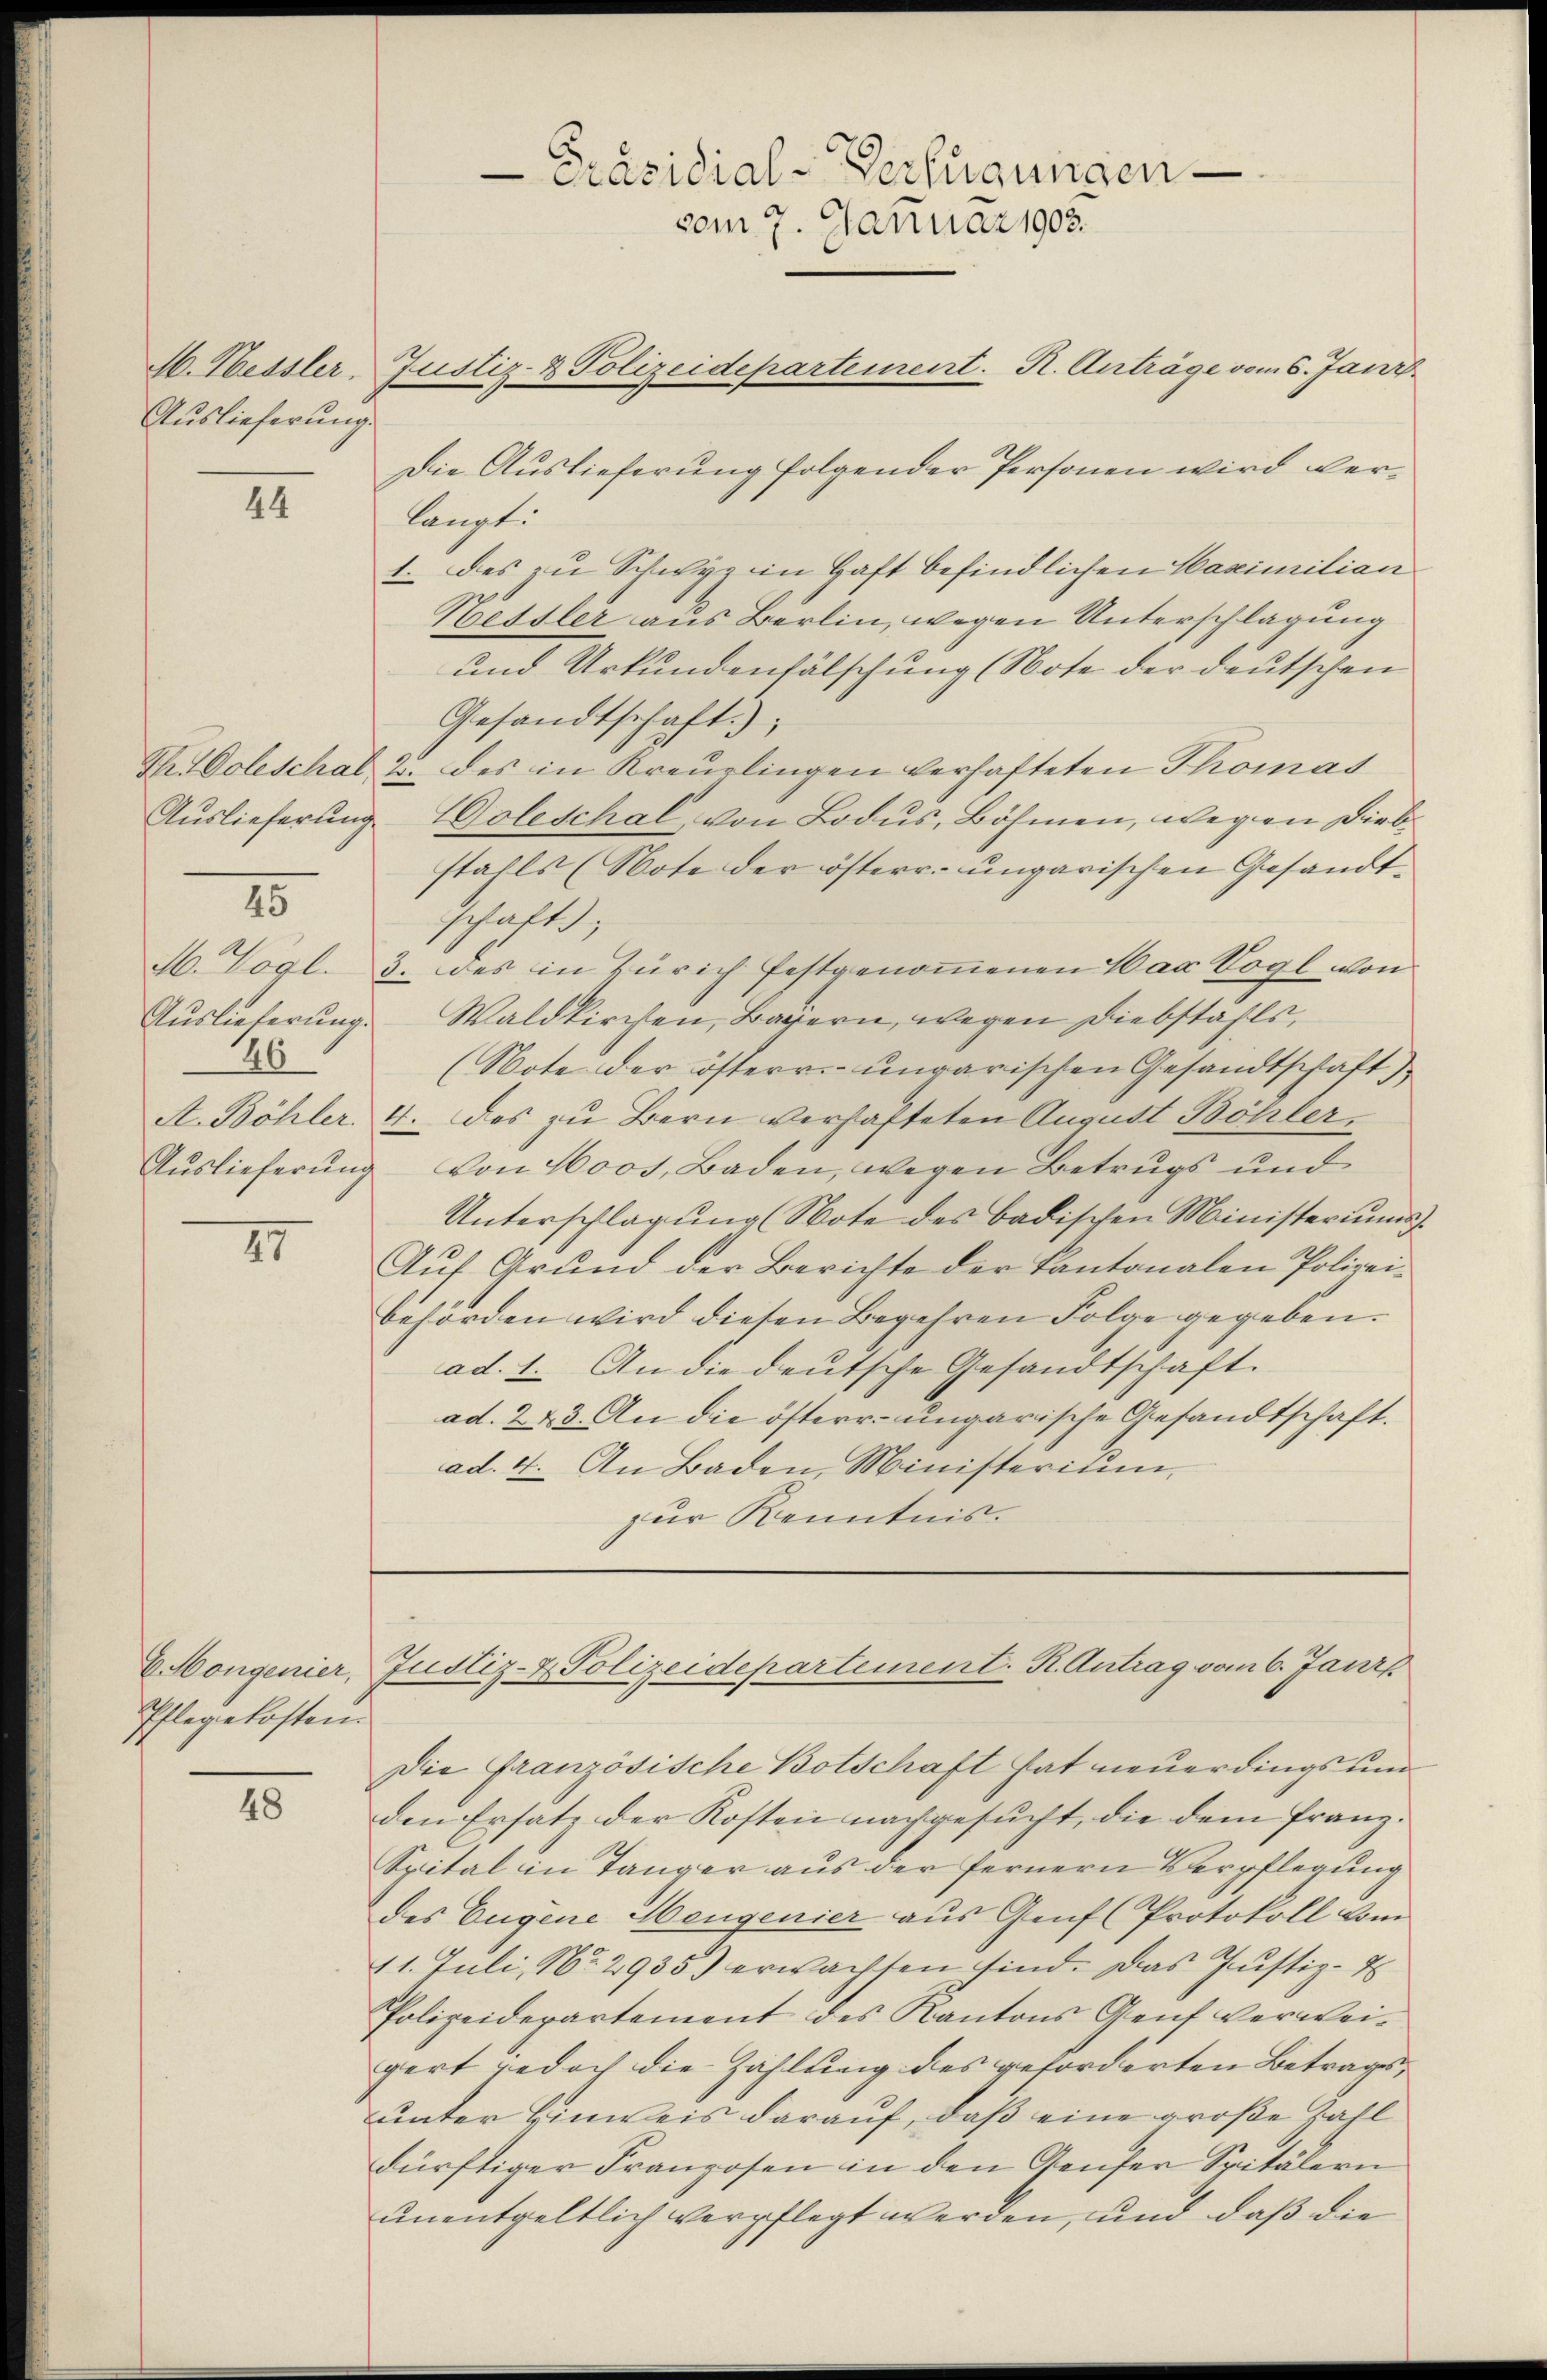
M. Hessler,
Auslieferung.

II

Auslieferung

15

Auslieferung.
26
Auslieferung

27

Pflegekosten

48

-Präsidial-Verfügungen
vom 7. Januar 1902.
Justiz- & Polizeidepartement. R. Anträge vom 6. Jani

Die Auslieferung folgender Personen wird verlangt.
1. das zu Schwyz in Haft befindlichen Maximilian
Hessler aus Berlin, wegen Unterschlagung
und Urkundenfälschung (Note der deutschen
Gesandtschaft);
K Doleschal u. des in Kreuzlingen verhafteten Thomas
Goleschal von Lodus, Böhmen, wegen Diebstahls (Note der österr. ungarischen Gesandtschaft;
M. Vögl. 3. des in Zürich festgenommenen War Vogl von
Waldkirchen, Bayern, wegen Diebstahls,
(Note der österr.-ungarischen Gesandtschaft)
A. Böhler. 4. des zu Bern verhafteten August Böhler
von Moos, Baden, wegen Betrugs und
Unterschlagung (Note des badischen Ministeriŭms.
Auf Grund der Berichte der Kantonalen Polizeibehörden wird diesen Begehren Folge gegeben.
ad. 1. An die deutsche Gesandtschaft.
ad. 243. An die österr. ungarische Gesandtschaft.
ad. 4. An Baden, Ministerium
zur Kenntnis.

6 Mongenier, Justiz- & Polizeidepartement. R. Antrag vom 6. Janis

Die Französische Botschaft hat neuerdings und
den Ersatz der Kosten nachgesucht, die dem Franz¬
Spital in Tanger aus der fernern Verpflegung
des Eugene Heugenier aus Genf (Protokoll kom
11. Juli, No. 2935) erwachsen sind. Das Justiz-E
Polizeidepartement des Kantons Genf verweigert jedoch die Zahlung des geforderten Betrages,
unter Hinweis darauf, daß eine große Zahl
dürftiger Franzosen in den Genser Spitälern
unentgeltlich verpflegt werden, und daß die